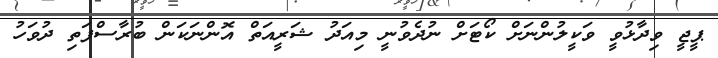
ޕީޖީ ވިދާޅުވީ ވަކީލުންނަށް ކޯޓަށް ނުދެވުނީ މިއަދު ޝަރީއަތް އޮންނަކަން ބުރާސްފަތި ދުވަހު